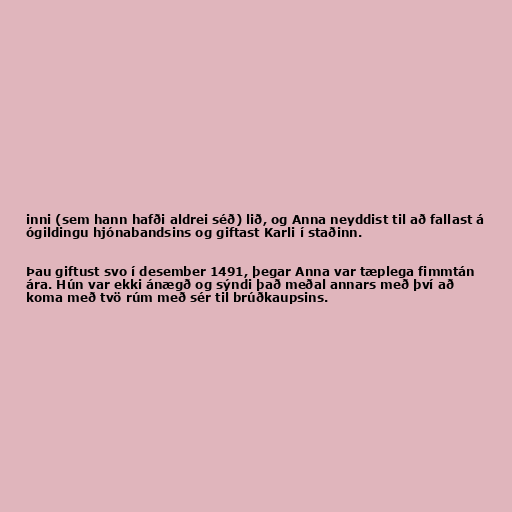
inni (sem hann hafði aldrei séð) lið, og Anna neyddist til að fallast á
ógildingu hjónabandsins og giftast Karli í staðinn.

Þau giftust svo í desember 1491, þegar Anna var tæplega fimmtán
ára. Hún var ekki ánægð og sýndi það meðal annars með því að
koma með tvö rúm með sér til brúðkaupsins.